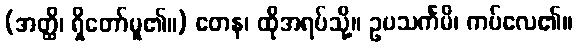
(အတ္ထိ၊ ရှိတော်မူ၏။) တေန၊ ထိုအရပ်သို့။ ဥပသင်္ကမိ၊ ကပ်လေ၏။